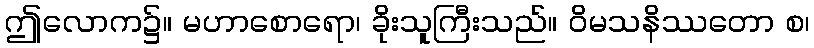
ဤလောက၌။ မဟာစောရော၊ ခိုးသူကြီးသည်။ ဝိမသနိဿတော စ၊